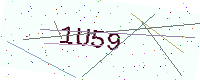
Text: 1U59